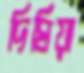
দিঘিয়া